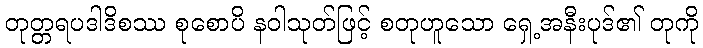
တုတ္တရပဒါဒိစဿ စုစောပိ နဝါသုတ်ဖြင့် စတုဟူသော ရှေ့အနီးပုဒ်၏ တုကို